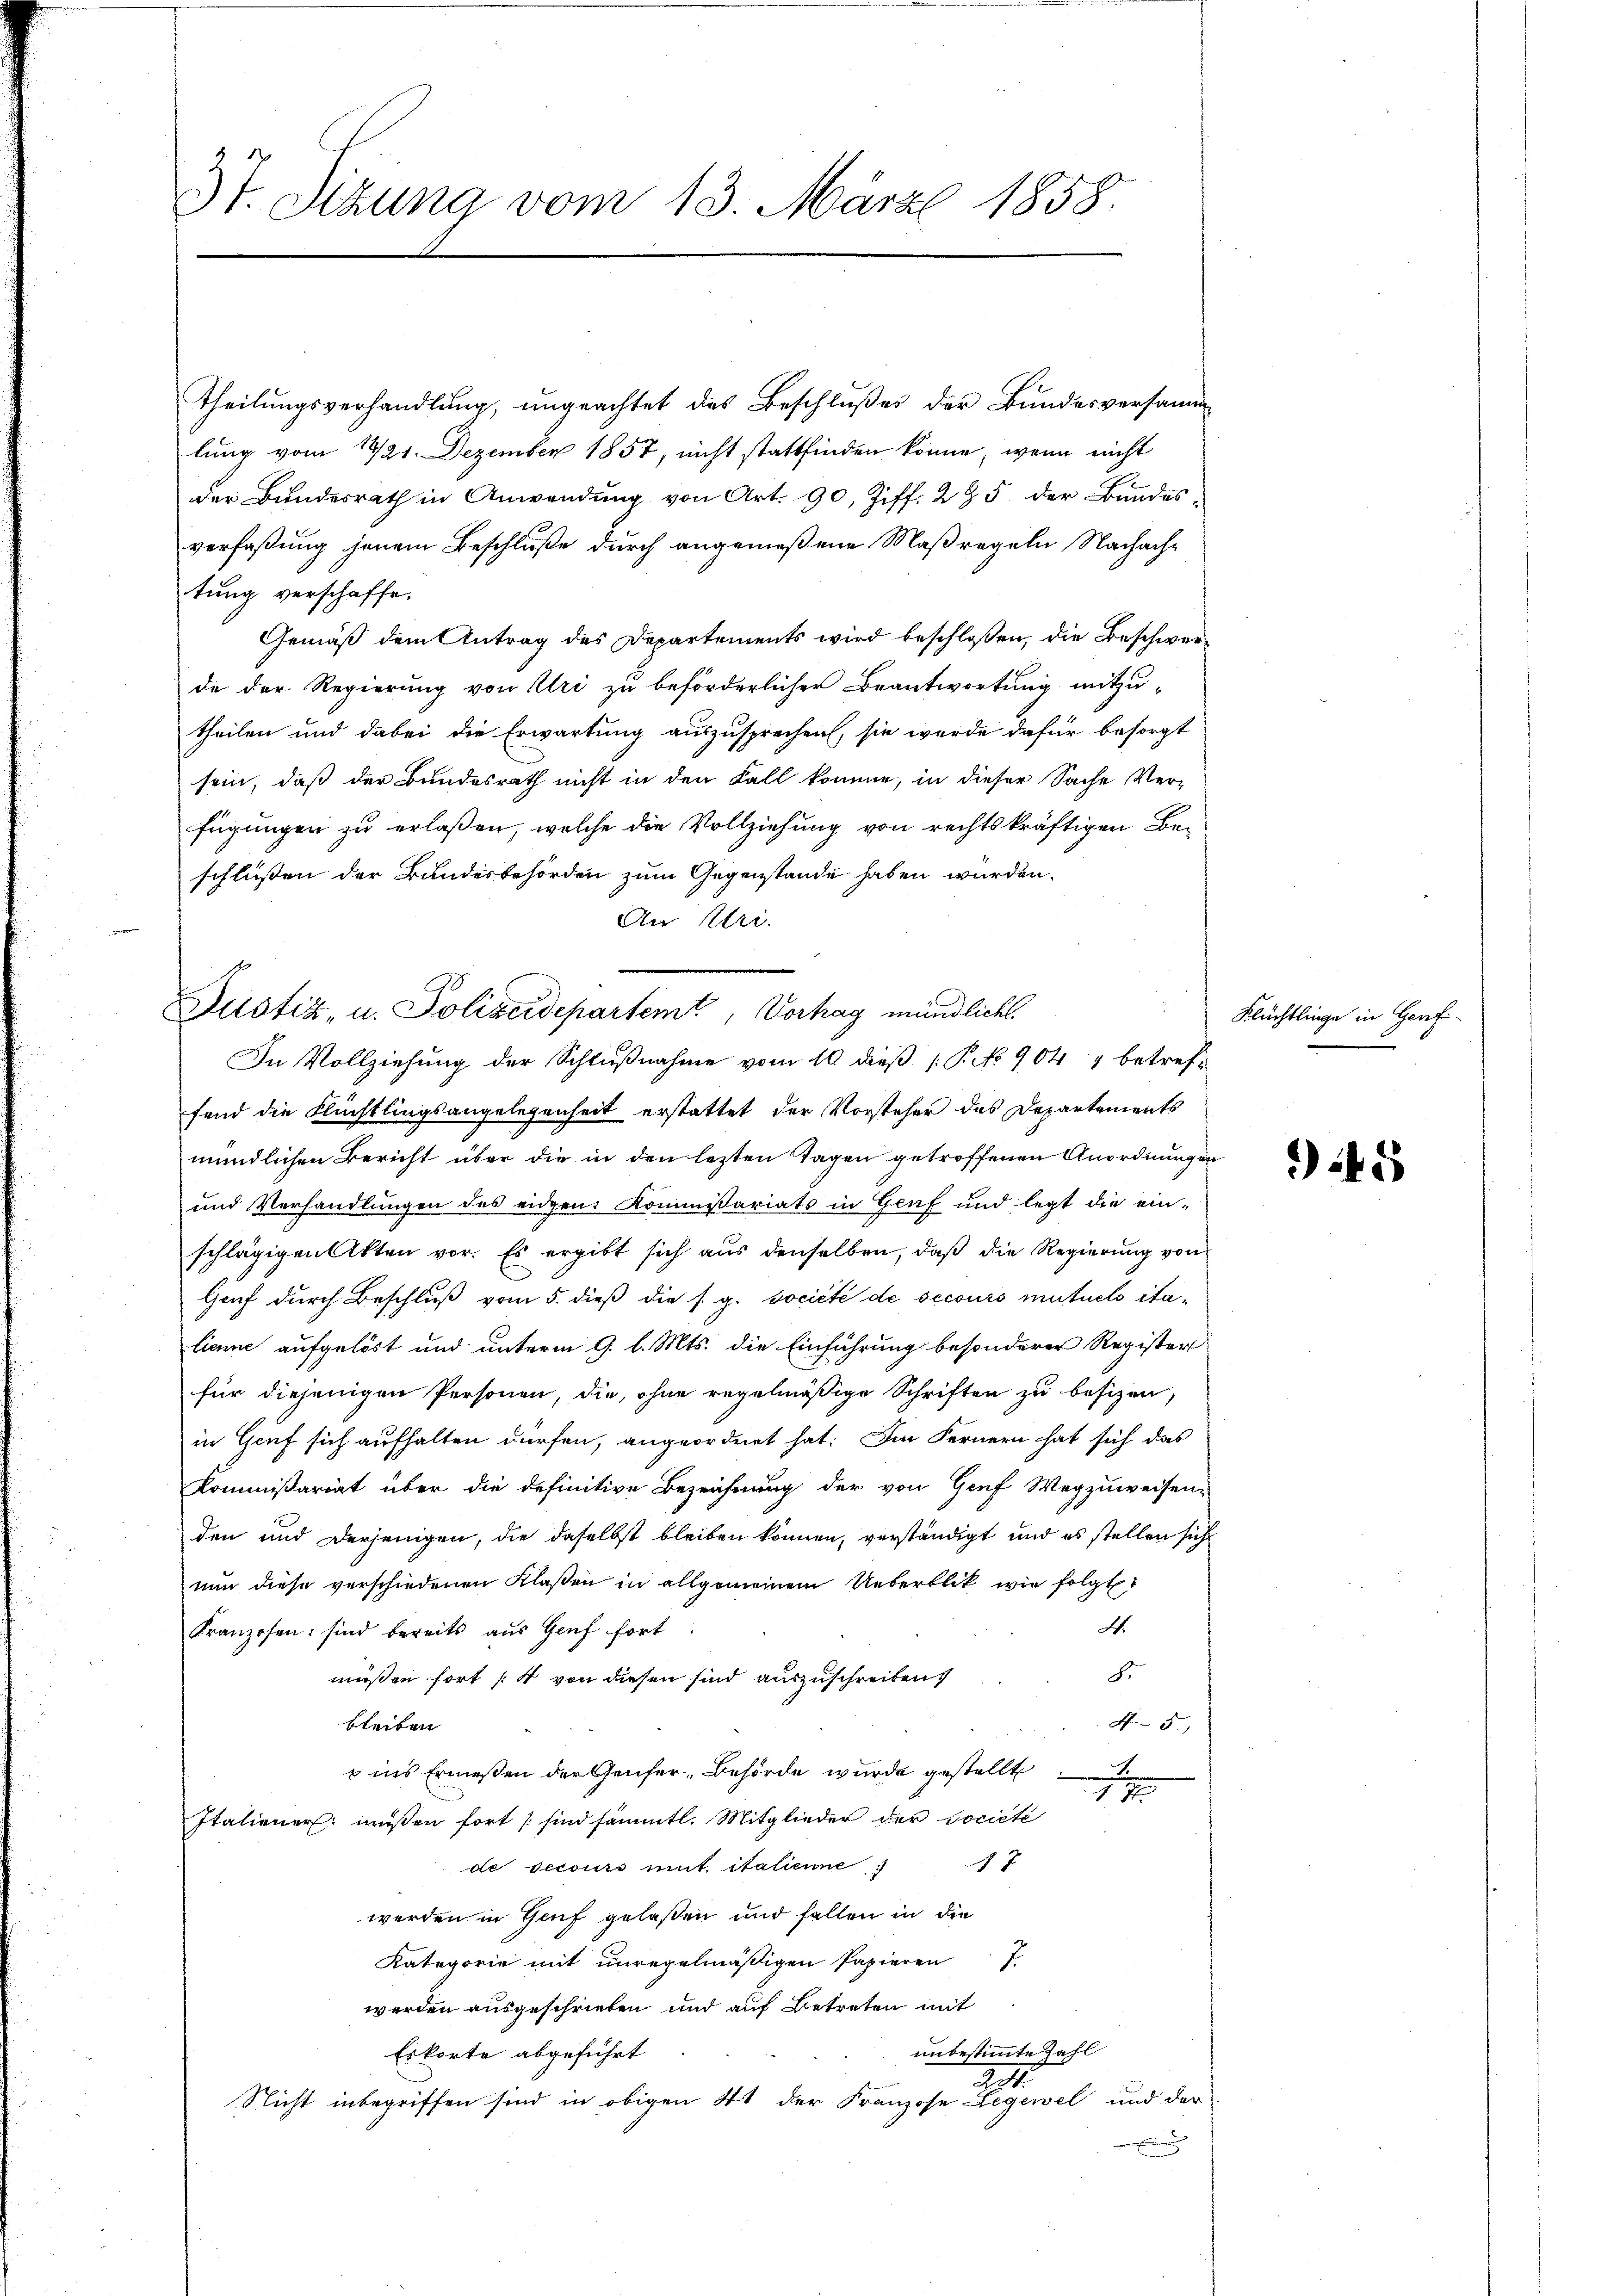
3t. Sizung vom 13. März 1858.

Theilungsverhandlung, ungeachtet des Beschlußes der Bundesversammlung vom 1421. Dezember 1857, nicht stattfinden könne, wenn nicht
der Bundesrath in Anwendung von Art. 90, Ziff. 285 der Bundes
verfaßung jenem Beschluße durch angemeßene Maßregeln Nachache
tung verschaffe.
Gemäß dem Antrag des Departements wird beschlossen, die Beschwerde der Regierung von Uri zu beförderlicher Beantwortung mitzutheilen und dabei die Erwartung auszusprechen, sie werde dafür besorgt
sein, daß der Bundesrath nicht in den Fall komme, in dieser Sache Verfügungen zu erlaßen, welche die Vollziehung von rechtskräftigen Beschlüssen der Bundesbehörden zum Gegenstände haben würden.
An Uri.

Justiz- u. Polizeidepartemt, Vorhag mündlicht.
In Vollziehung der Schlußnahme vom 10. dieß P. No 904 1 betref¬

fend die Flüchtlingsangelegenheit erstattet der Vorsteher des Departements
mündlichen Bericht über die in den letzten Tagen getroffenen Anordnungen
und Verhandlungen des eidgen: Kommissariats in Genf und legt die einschlägigen Akten vor. Es ergibt sich aus denselben, daß die Regierung von
Genf durch Beschluß vom 5. dieß die s. g. société de secours mutuelo italieme aufgelöst und unterm 9. l. Mts. die Einführung besonderer Register
für diejenigen Personen, die, ohne regelmäßige Schriften zu besizen,
in Genf sich aufhalten dürfen, angeordnet hat. Im Fernern hat sich das
Kommißariat über die definitive Bezeichnung der von Graf Wegzuweisen-
den und derjenigen, die daselbst bleiben können, verständigt und es stellen sich
nun diese verschiedenen Klaßen in allgemeinem Ueberblik wie folgt
4.
Franzosen sind bereits aus Genf fort
S.
müßen fort (4 von diesen sind auszuschreiben.
bleiben
4.5.)
S.
 ins Ermessen der Genfer, Behörde wurde gestellt
1. 7
Italiener müßen fort sind sämmtl. Mitglieder der Societe
de secours mit italienne 77
werden in Genf gelaßen und fallen in die
Kategorie mit unregelmäßigen Papieren
werden ausgeschrieben und auf Betreten mit
unbestimmte Zahl
Eskorte abgeführt
22.
Nicht inbegriffen sind in obigen 41 der Franzose Legewel und der
g

Flüchtlinge in Genf

5